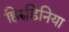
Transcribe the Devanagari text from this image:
हिरुडिनिया